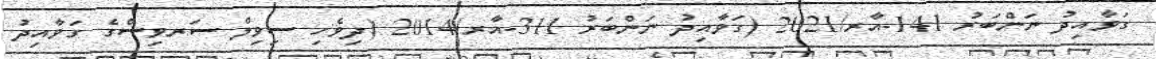
ގަވާއިދު ނަންބަރު 141-އާރ/2021 (ގަވާއިދު ނަންބަރު 311-އާރ/2014 (ދިވެހި ސިވިލް ސަރވިސްގެ ގަވާއިދު